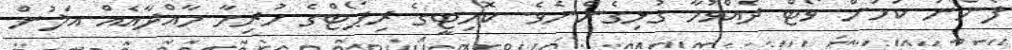
ފެންނަ ކަަމަށް ވޯޓް ދެއްވުމާ ގުޅިގެންނެވެ. ކޮމިޓީގެ ރިޕޯޓްގެ ހުރިހާ މާއްދާއެއް އަލުން